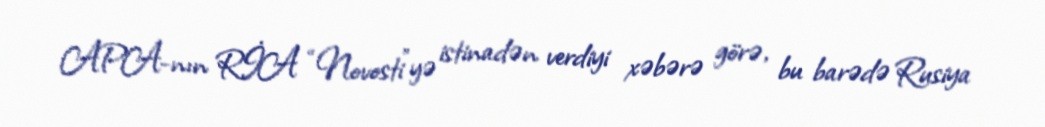
APA-nın RİA “Novosti”yə istinadən verdiyi xəbərə görə, bu barədə Rusiya